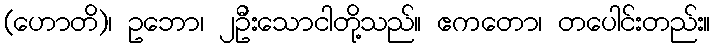
(ဟောတိ)၊ ဥဘော၊ ၂ဦးသောငါတို့သည်။ ဧကတော၊ တပေါင်းတည်း။